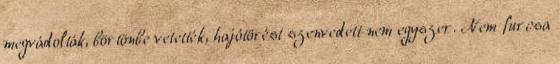
megvádolták, börtönbe vetették, hajótörést szenvedett nem egyszer. Nem furcsa